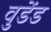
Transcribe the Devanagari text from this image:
वुडेंड